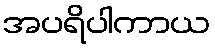
အပရိပါကာယ